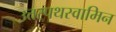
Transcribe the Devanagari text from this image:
उत्तरपथस्वामिन